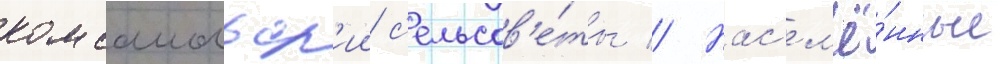
комсомольск'ии с'ельсов'е́ты // Нас'ел'ё́нные